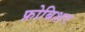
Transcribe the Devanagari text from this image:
फ्रोबिशर